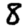
Digit: 8